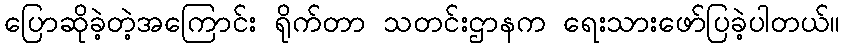
ပြောဆိုခဲ့တဲ့အကြောင်း ရိုက်တာ သတင်းဌာနက ရေးသားဖော်ပြခဲ့ပါတယ်။